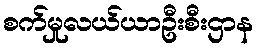
စက်မှုလယ်ယာဦးစီးဌာန